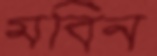
মবিন